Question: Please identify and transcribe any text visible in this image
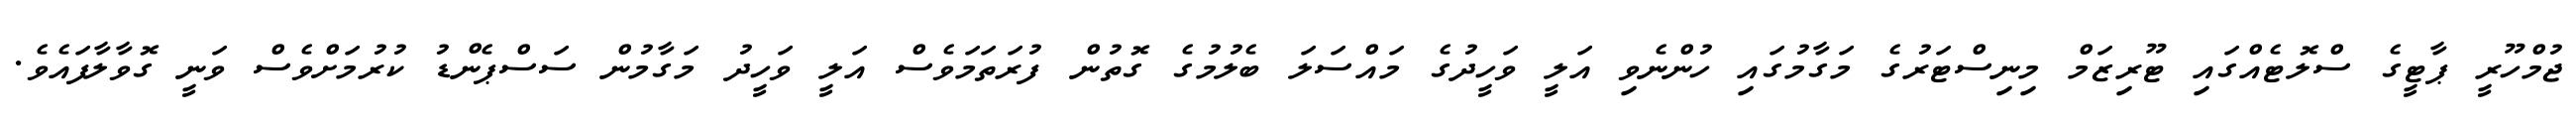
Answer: ޖުމްހޫރީ ޕާޓީގެ ސްލޮޓެއްގައި ޓޫރިޒަމް މިނިސްޓަރުގެ މަގާމުގައި ހުންނެވި އަލީ ވަހީދުގެ މައްސަލަ ބެލުމުގެ ގޮތުން ފުރަތަމަވެސް އަލީ ވަހީދު މަގާމުން ސަސްޕެންޑު ކުރުމަށްވެސް ވަނީ ގޮވާލާފައެވެ.